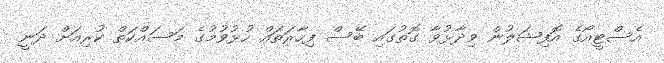
އެސްޓީއޯގެ އޮފިޝަލުން ވިދާޅުވާ ގޮތުގައި ބޭސް ފިހާރަތައް ހުޅުވުމުގެ މަސައްކަތް ކުރިއަށް ދަނީ